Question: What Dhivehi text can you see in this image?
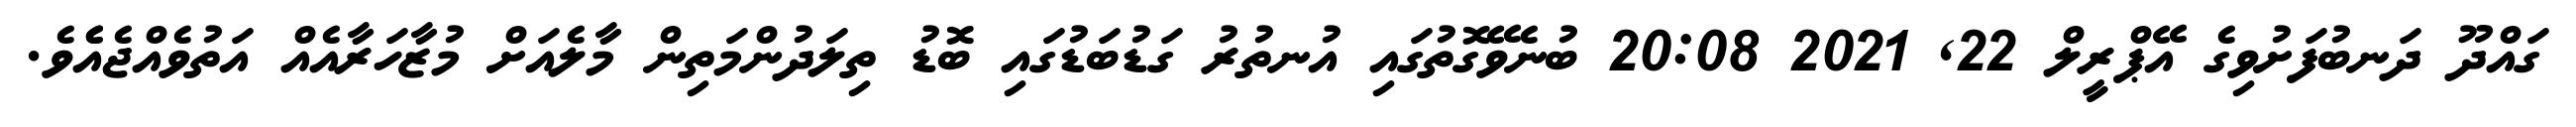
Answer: ގައްދޫ ދަނބުފަށުވިގެ އޭޕްރީލް 22, 2021 20:08 ބުނެވޭގޮތުގައި އުނތުރު ގަޑުބަޑުގައި ބޮޑު ތިލަދުންމަތިން މާލެއަށް މުޒާހަރާއެއް އަތުވެއްޖެއެެވެ.